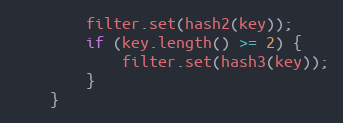
Language: C
        filter.set(hash2(key));
        if (key.length() >= 2) {
            filter.set(hash3(key));
        }
    }